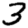
Digit: 3